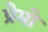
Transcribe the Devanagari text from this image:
प्रेमो